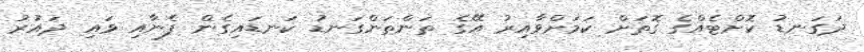
ދަގަނޑު ކޮށްޓެއްގެ ގޮތަށް ކަމަށްވާއިރު އޭގެ ތަންތަންގަނޑު ކަނޑައިގެން ފެނާއި ވައި ދައުރު